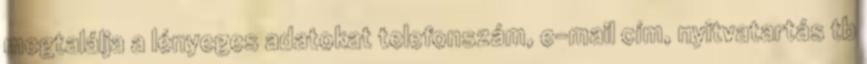
megtalálja a lényeges adatokat telefonszám, e-mail cím, nyitvatartás tb